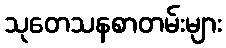
သုတေသနစာတမ်းများ